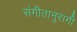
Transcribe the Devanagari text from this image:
संगीतानुरागी